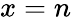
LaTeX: x=n